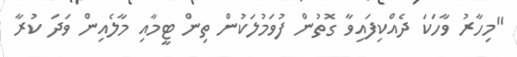
"މިހާރު ވާހަކަ ދެއްކިފައިވާ ގޮތުން ފުވަމުލަކުން ތިން ޓީމާއި މާލެއިން ވަދަ ކުރާ